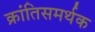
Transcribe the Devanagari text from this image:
क्रांतिसमर्थक